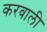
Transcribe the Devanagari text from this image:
करवाली